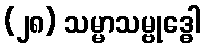
(၂၈) သမ္မာသမ္ဗုဒ္ဓေါ